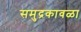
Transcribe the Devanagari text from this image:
समुद्रकावळा